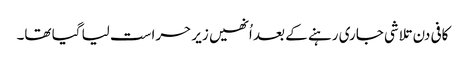
کافی دن تلاشی جاری رہنے کے بعد اُنھیں زیر حراست لیا گیا تھا۔